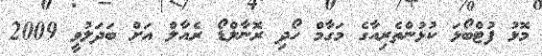
މޮޅު ފުޓްބޯޅަ ކުޅުންތެރިއާގެ މަގާމް ހޯދި ރޮނާލްޑޯ ރެއާލް އަށް ބަދަލުވީ 2009